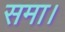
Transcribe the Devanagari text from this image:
समा।